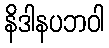
နိဒါနပဘဝါ